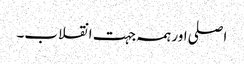
اصلی اور ہمہ جہت انقلاب۔